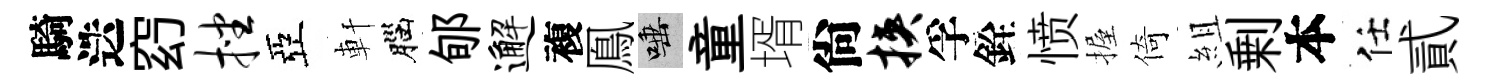
騎迭𥥆挫亞軒腦郇邂複鳯唾童壻尙挟孚銓愤握倚組剰本任貳